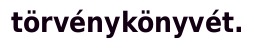
törvénykönyvét.